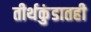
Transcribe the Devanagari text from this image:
तीर्थकुंडातही